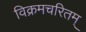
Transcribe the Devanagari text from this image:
विक्रमचरितम्